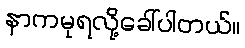
နာကမုရလို့ခေါ်ပါတယ်။